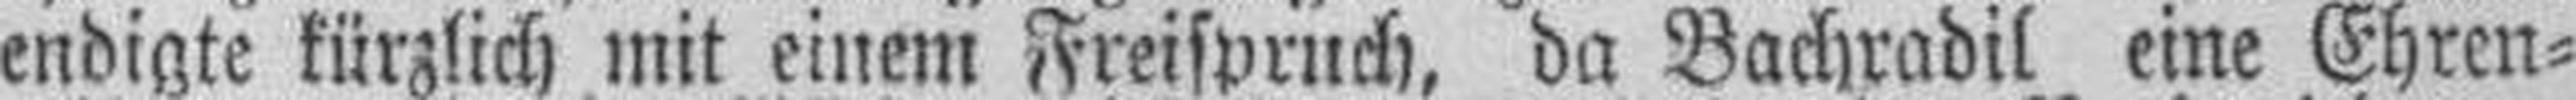
endigte kürzlich mit einem Freispruch, da Bachradil eine Ehren¬